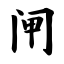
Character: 闸